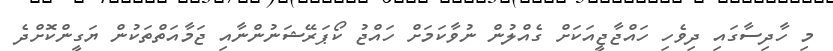
މި ހާދިސާގައި ދިވެހި ހައްޖާޖީއަކަށް ގެއްލުން ނުވާކަމަށް ހައްޖު ކޯޕަރޭޝަނުންނާއި ޖަމާއަތްތަކުން ޔަގީންކޮށްދެ